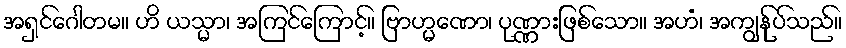
အရှင်ဂေါတမ။ ဟိ ယသ္မာ၊ အကြင်ကြောင့်။ ဗြာဟ္မဏော၊ ပုဏ္ဏားဖြစ်သော။ အဟံ၊ အကျွန်ုပ်သည်။